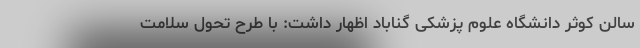
سالن کوثر دانشگاه علوم پزشکی گناباد اظهار داشت: با طرح تحول سلامت